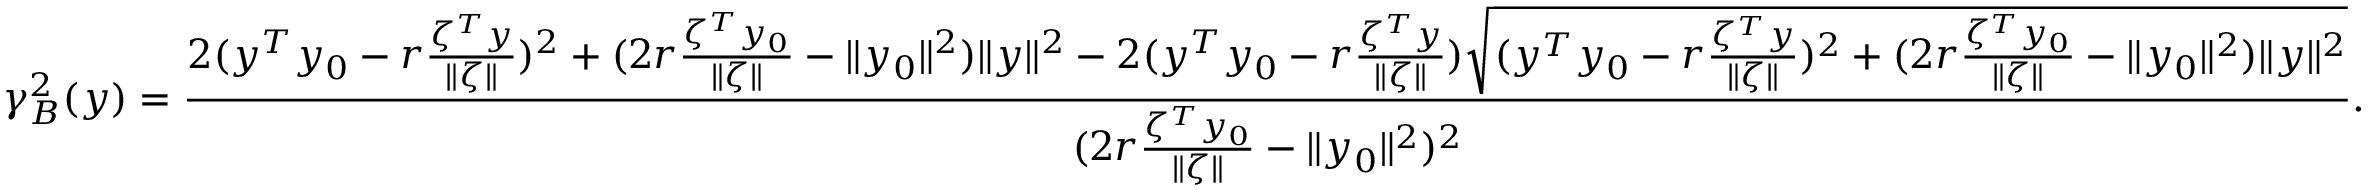
\gamma _ { B } ^ { 2 } ( y ) = \frac { 2 ( y ^ { T } y _ { 0 } - r \frac { \zeta ^ { T } y } { \| \zeta \| } ) ^ { 2 } + ( 2 r \frac { \zeta ^ { T } y _ { 0 } } { \| \zeta \| } - \| y _ { 0 } \| ^ { 2 } ) \| y \| ^ { 2 } - 2 ( y ^ { T } y _ { 0 } - r \frac { \zeta ^ { T } y } { \| \zeta \| } ) \sqrt { ( y ^ { T } y _ { 0 } - r \frac { \zeta ^ { T } y } { \| \zeta \| } ) ^ { 2 } + ( 2 r \frac { \zeta ^ { T } y _ { 0 } } { \| \zeta \| } - \| y _ { 0 } \| ^ { 2 } ) \| y \| ^ { 2 } } } { ( 2 r \frac { \zeta ^ { T } y _ { 0 } } { \| \zeta \| } - \| y _ { 0 } \| ^ { 2 } ) ^ { 2 } } .